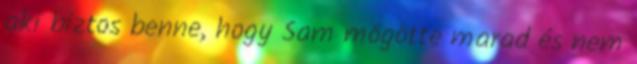
aki biztos benne, hogy Sam mögötte marad és nem